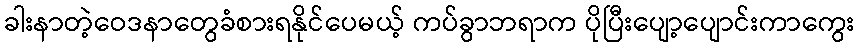
ခါးနာတဲ့ဝေဒနာတွေခံစားရနိုင်ပေမယ့် ကပ်ခွာဘရာက ပိုပြီးပျော့ပျောင်းကာကွေး